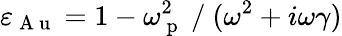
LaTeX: \varepsilon_{\mathrm{~A~u~}}=1-\omega_{\mathrm{~p~}}^{2}\mathrm{~/~}(\omega^{2}+i\omega\gamma)